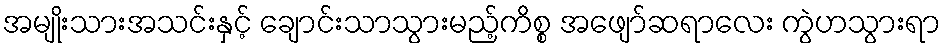
အမျိုးသားအသင်းနှင့် ချောင်းသာသွားမည့်ကိစ္စ အဖျော်ဆရာလေး ကွဲဟသွားရာ